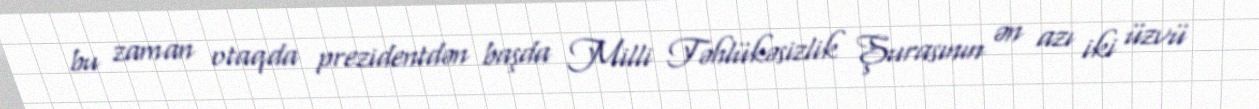
bu zaman otaqda prezidentdən başda Milli Təhlükəsizlik Şurasının ən azı iki üzvü